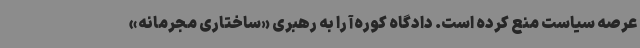
عرصه سیاست منع کرده است. دادگاه کوره‌آ را به رهبری «ساختاری مجرمانه»